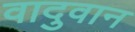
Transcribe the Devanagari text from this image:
वादुवान